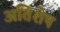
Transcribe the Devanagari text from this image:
अतिशेष